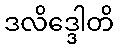
ဒလိဒ္ဒေါတိ